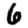
Digit: 6